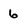
Character: 6